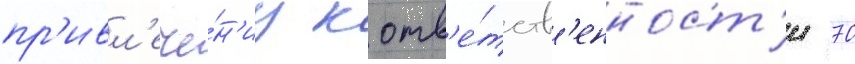
пр'ивл'ече́н'иу к отв'е́тств'енност'и 70